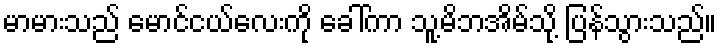
မာမားသည် မောင်ငယ်လေးကို ခေါ်ကာ သူ့မိဘအိမ်သို့ ပြန်သွားသည်။